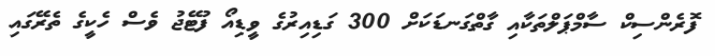
ފޮރެންސިކް ސާމްޕަލްތަކާއި ގާތްގަނޑަކަށް 300 ގަޑިއިރުގެ ވީޑިއޯ ފުޓޭޖު ވެސް ހެކީގެ ތެރޭގައި